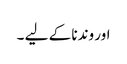
اور وندنا کے لیے ۔